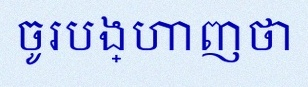
ចូរបង្ហាញថា